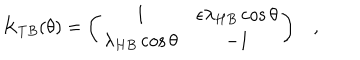
LaTeX: K _ { T B } ( \theta ) = \left( \begin{array} { c c } { { 1 } } & { { \epsilon \lambda _ { H B } \cos \theta } } \\ { { \lambda _ { H B } \cos \theta } } & { { - 1 } } \\ \end{array} \right) ,